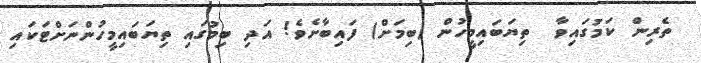
ތެރިން ކަމުގައިވާ  ތިޔަބައިމީހުން (ބިމަށް) ފައިބާށެވެ! އަދި ބިމުގައި ތިޔަބައިމީހުންނަށްޓަކައި